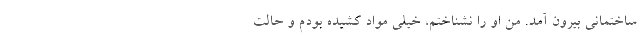
ساختمانی بیرون آمد. من او را نشناختم، خیلی مواد کشیده بودم و حالت